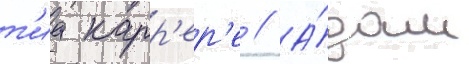
т'иа карр'ер'е // А́дам